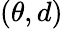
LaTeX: (\theta,d)